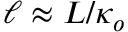
\ell \approx L / \kappa _ { o }